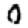
Digit: 0